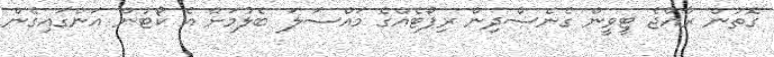
ގޮތުން ރާއްޖެ ޓީވީން ގެނެސްދިން ރިޕޯޓެއްގެ މައްސަލަ ބެލުމަށް އެ ކޯޓުން އަންގައިގެން